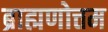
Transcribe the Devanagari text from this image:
ब्राह्मणोत्तम